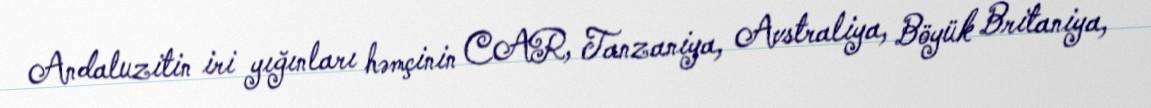
Andaluzitin iri yığınları həmçinin CAR, Tanzaniya, Avstraliya, Böyük Britaniya,